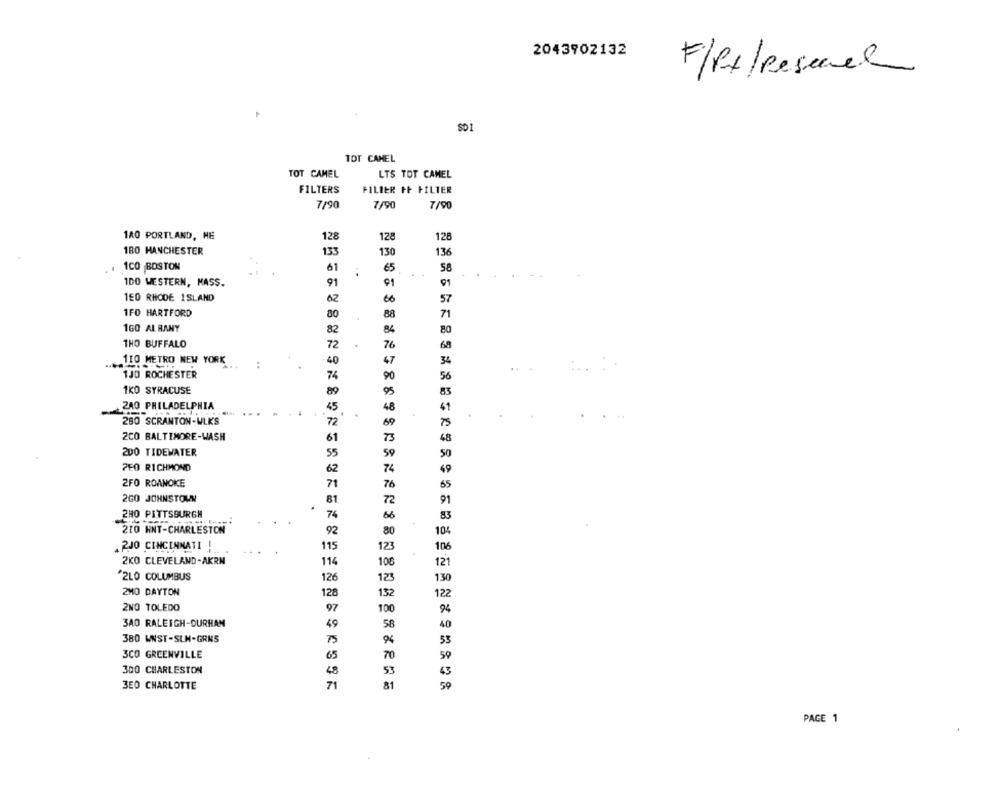
2043902132
F/Rx/Research
SD1
TOT CAMEL
TOT CAMEL
LTS TOT CAMEL
FILTERS
PILIER FF FILTER
7/90
7/90
7/90
1A0 PORTLAND, ME
128
128
128
180 MANCHESTER
133
130
136
1CO BOSTON
61
€5
58
.
1DO WESTERN, MASS.
91
91
01
1EO RHODE ISLAND
62
60
57
1FO HARTFORD
80
88
71
160 ALBANY
82
84
80
THO BUFFALO
72
76
68
110 METRO NEW YORK
47
34
1JO ROCHESTER
74
90
56
1KO SYRACUSE
89
83
ZA0 PHILADELPHIA
45
41
280 SCRANTON-WLKS
72
75
2CO BALTIMORE-WASH
61
73
200 TIDEWATER
55
50
59
PEO RICHMOND
62
74
69
2FO ROANOKE
76
71
65
2GO JOHNSTOWN
81
72
91
2HO PITTSBURGH
74
83
210 HNT-CHARLESTON
92
80
104
. 2JO CINCINNATI !
115
123
106
2KO CLEVELAND-AKRN
114
106
121
"2LO COLUMBUS
126
130
123
2MO DAYTON
128
132
122
2NO TOLEDO
97
100
3A0 RALEIGH-DURHAN
49
58
40
380 WNST-SLH-GRNS
75
33
3CO GREENVILLE
65
70
59
300 CHARLESTON
48
53
3EO CHARLOTTE
71
81
59
PAGE 1